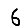
Digit: 6